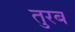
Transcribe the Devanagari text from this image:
तुरब